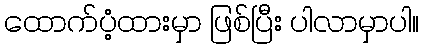
ထောက်ပံ့ထားမှာ ဖြစ်ပြီး ပါလာမှာပါ။